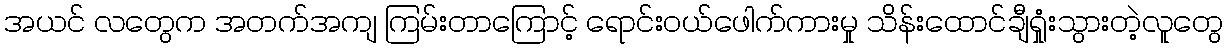
အယင် လတွေက အတက်အကျ ကြမ်းတာကြောင့် ရောင်းဝယ်ဖေါက်ကားမှု သိန်းထောင်ချီရှုံးသွားတဲ့လူတွေ